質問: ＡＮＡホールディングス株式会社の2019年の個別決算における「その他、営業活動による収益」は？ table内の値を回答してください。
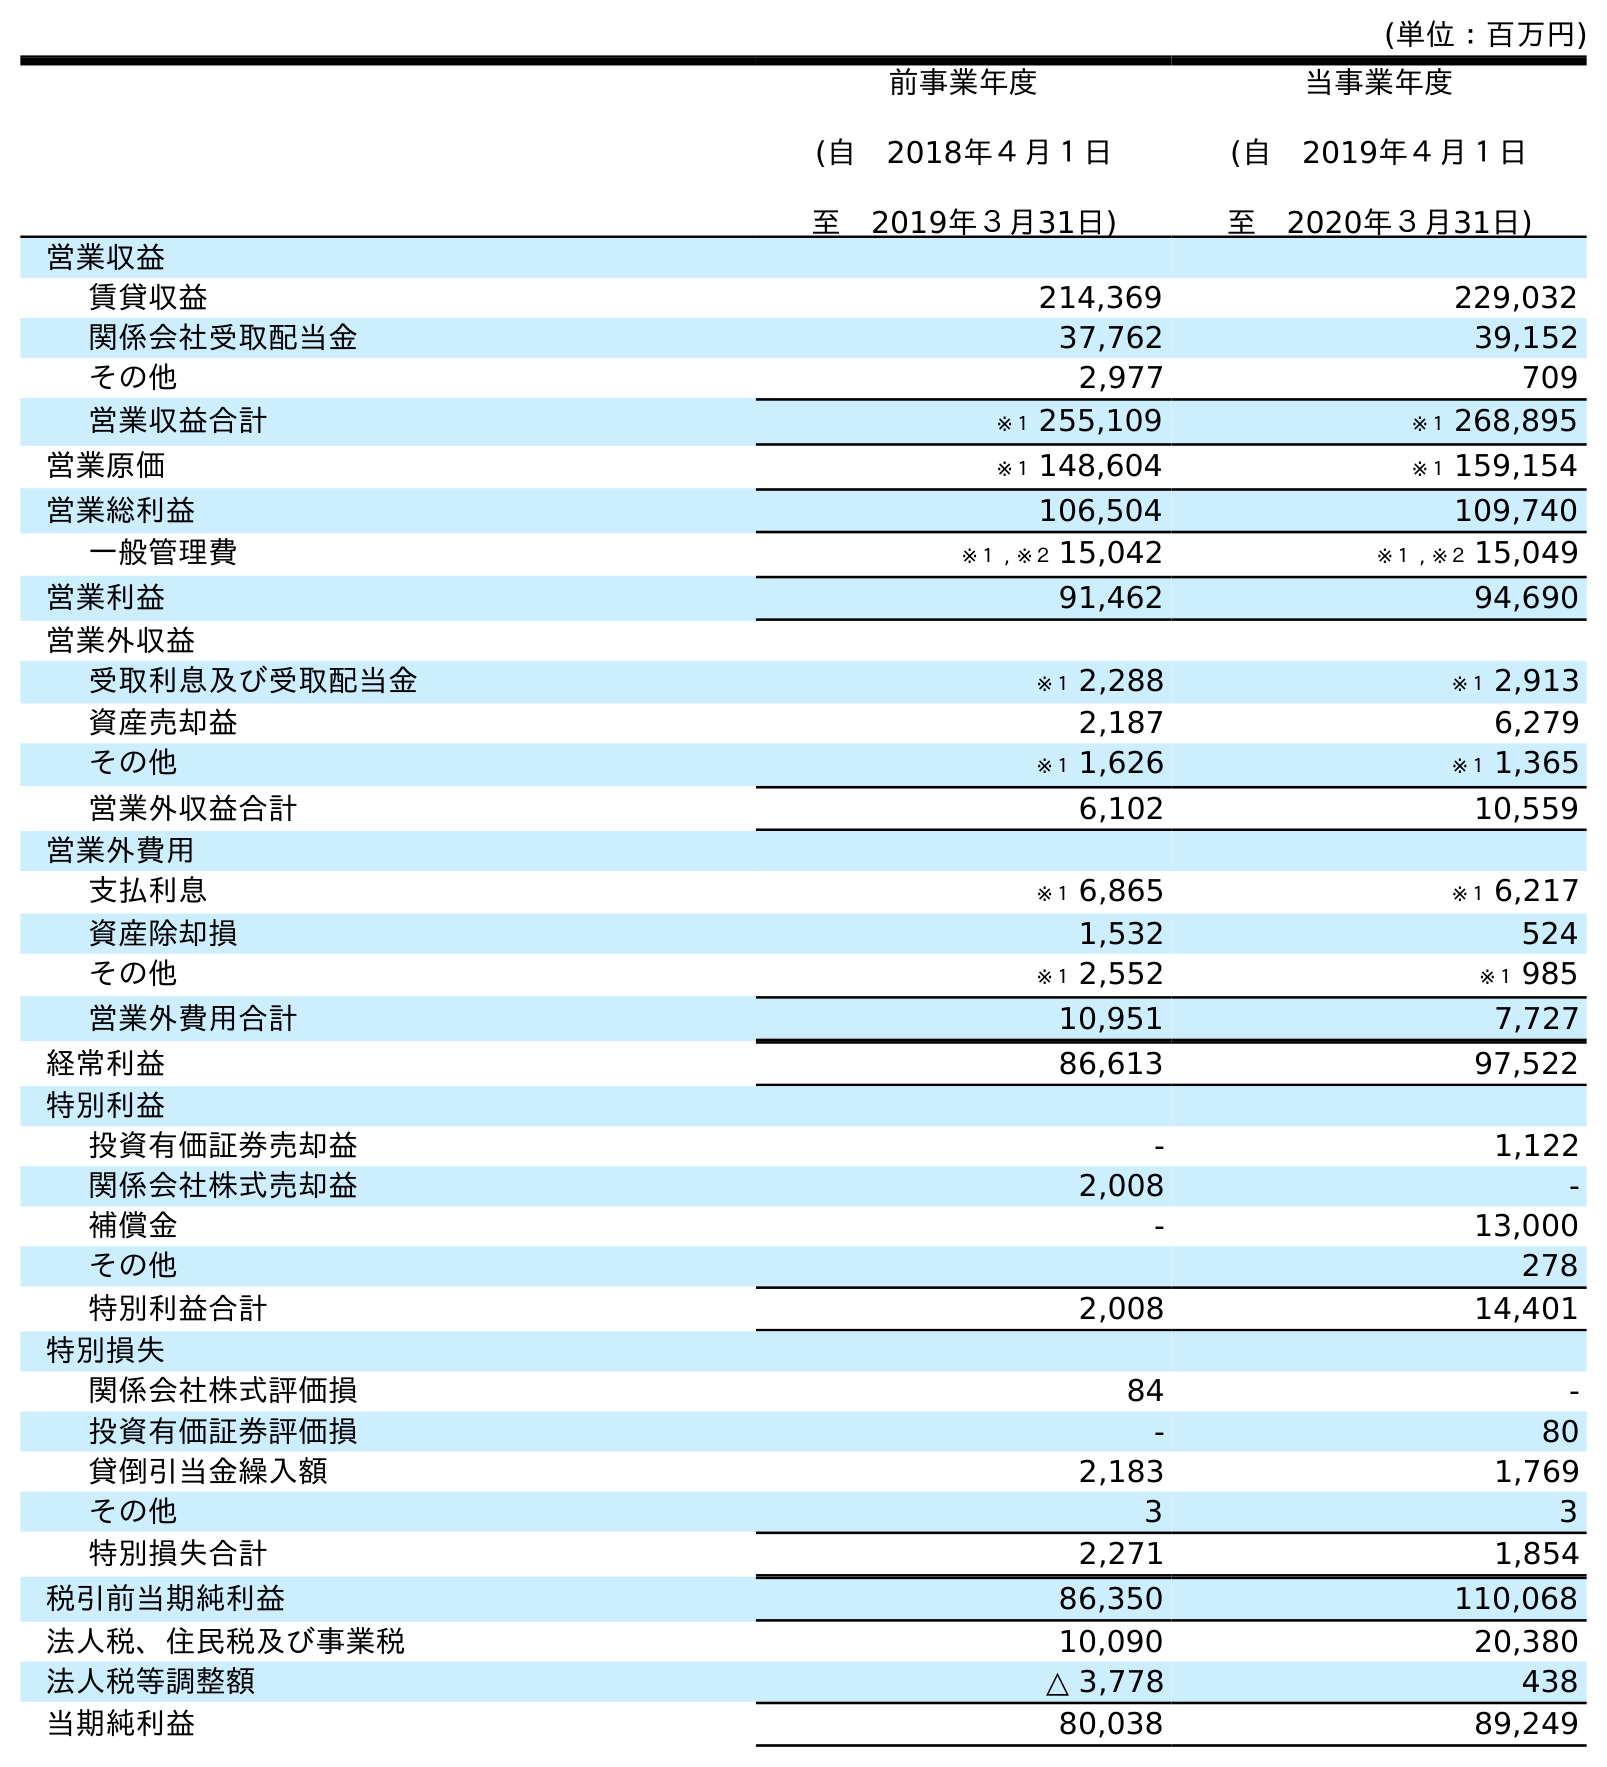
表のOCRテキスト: (単位：百万円) 前事業年度 (自 2018年４月１日 至 2019年３月31日) 当事業年度 (自 2019年４月１日 至 2020年３月31日) 営業収益 賃貸収益 214,369 229,032 関係会社受取配当金 37,762 39,152 その他 2,977 709 営業収益合計 ※１ 255,109 ※１ 268,895 営業原価 ※１ 148,604 ※１ 159,154 営業総利益 106,504 109,740 一般管理費 ※１ , ※２ 15,042 ※１ , ※２ 15,049 営業利益 91,462 94,690 営業外収益 受取利息及び受取配当金 ※１ 2,288 ※１ 2,913 資産売却益 2,187 6,279 その他 ※１ 1,626 ※１ 1,365 営業外収益合計 6,102 10,559 営業外費用 支払利息 ※１ 6,865 ※１ 6,217 資産除却損 1,532 524 その他 ※１ 2,552 ※１ 985 営業外費用合計 10,951 7,727 経常利益 86,613 97,522 特別利益 投資有価証券売却益 - 1,122 関係会社株式売却益 2,008 - 補償金 - 13,000 その他 278 特別利益合計 2,008 14,401 特別損失 関係会社株式評価損 84 - 投資有価証券評価損 - 80 貸倒引当金繰入額 2,183 1,769 その他 3 3 特別損失合計 2,271 1,854 税引前当期純利益 86,350 110,068 法人税、住民税及び事業税 10,090 20,380 法人税等調整額 △ 3,778 438 当期純利益 80,038 89,249
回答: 2,977